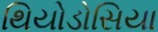
થિયોડોસિયા